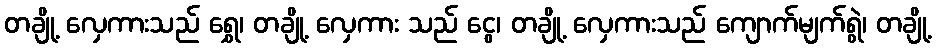
တချို့ လှေကားသည် ရွှေ၊ တချို့ လှေကား သည် ငွေ၊ တချို့ လှေကားသည် ကျောက်မျက်ရွဲ၊ တချို့